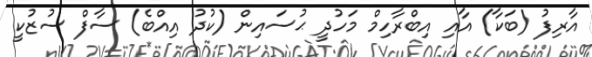
އާރިފު (ބަކާ) އާއި އިބްރާހިމް މަހުދީ ޙުސައިން (ކުދު އިއްބެ) ސާފް ސުޒުކީ